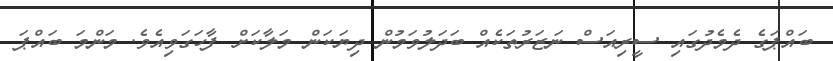
ބައްޕަގެ ދެމެދުގައި ސީރިއަސް ނަޒަރުތަކެއް ބަދަލުވަމުން ދިޔަކަން މަލާކަށް ފާހަގަވިއެވެ. މަންމަ ބައްޕަ